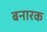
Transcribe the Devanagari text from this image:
बनारक